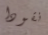
نقودا